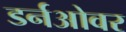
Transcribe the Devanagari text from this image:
डर्नओवर